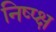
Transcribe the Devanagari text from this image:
निष्प्क्ष